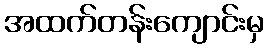
အထက်တန်းကျောင်းမှ